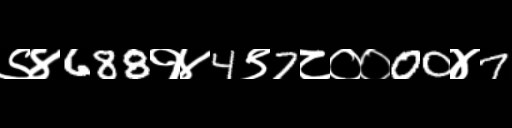
Text: ९४688१४4९7८००00४7